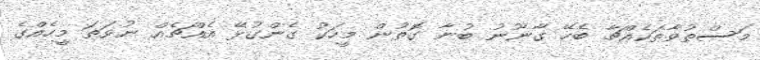
މަސްތުވާތަކެއްޗާ ބެހޭ ގާނޫނު ބުނާ ގޮތުން މީހަކު ގެންގުޅޭ އެއްޗެއް ނުވަތަ މީހެއްގެ